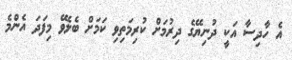
އެ ހާދިސާ އަކީ ދުނިޔޭގެ ދިރުމަށް ކުރިމަތިވި ކަމަށް ބެލެވޭ މިފަދަ އެންމެ